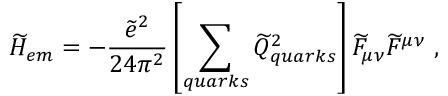
\widetilde { H } _ { e m } = - \frac { \widetilde { e } ^ { 2 } } { 2 4 \pi ^ { 2 } } \left[ \sum _ { q u a r k s } \widetilde { Q } _ { q u a r k s } ^ { 2 } \right] \widetilde { F } _ { \mu \nu } \widetilde { F } ^ { \mu \nu } \ ,